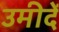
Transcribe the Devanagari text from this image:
उमीदें